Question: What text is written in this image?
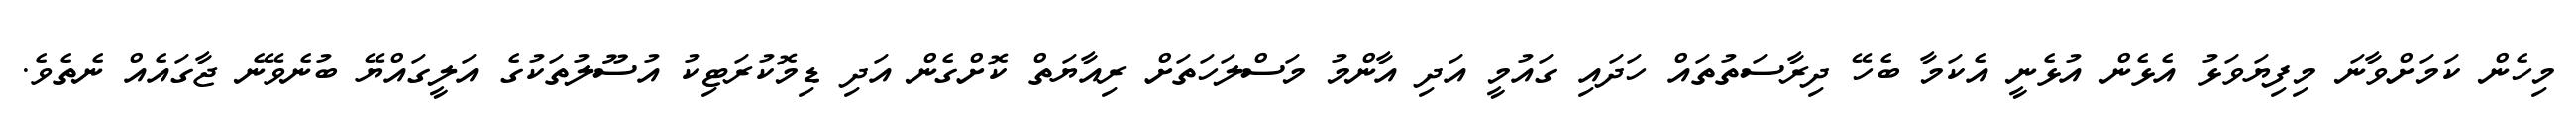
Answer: މިހެން ކަމަށްވާނަ މިފިޔަވަޅު އެޅެން އުޅެނީ އެކަމާ ބެހޭ ދިރާސަތުތައް ހަދައި ގައުމީ އަދި އާންމު މަސްލަހަތަށް ރިއާޔަތް ކޮށްގެން އަދި ޑިމޮކުރަޓިކު އުސޫލުތަކުގެ އަލީގައްޔޭ ބުނެވޭނެ ޖާގައެއް ނެތެވެ.